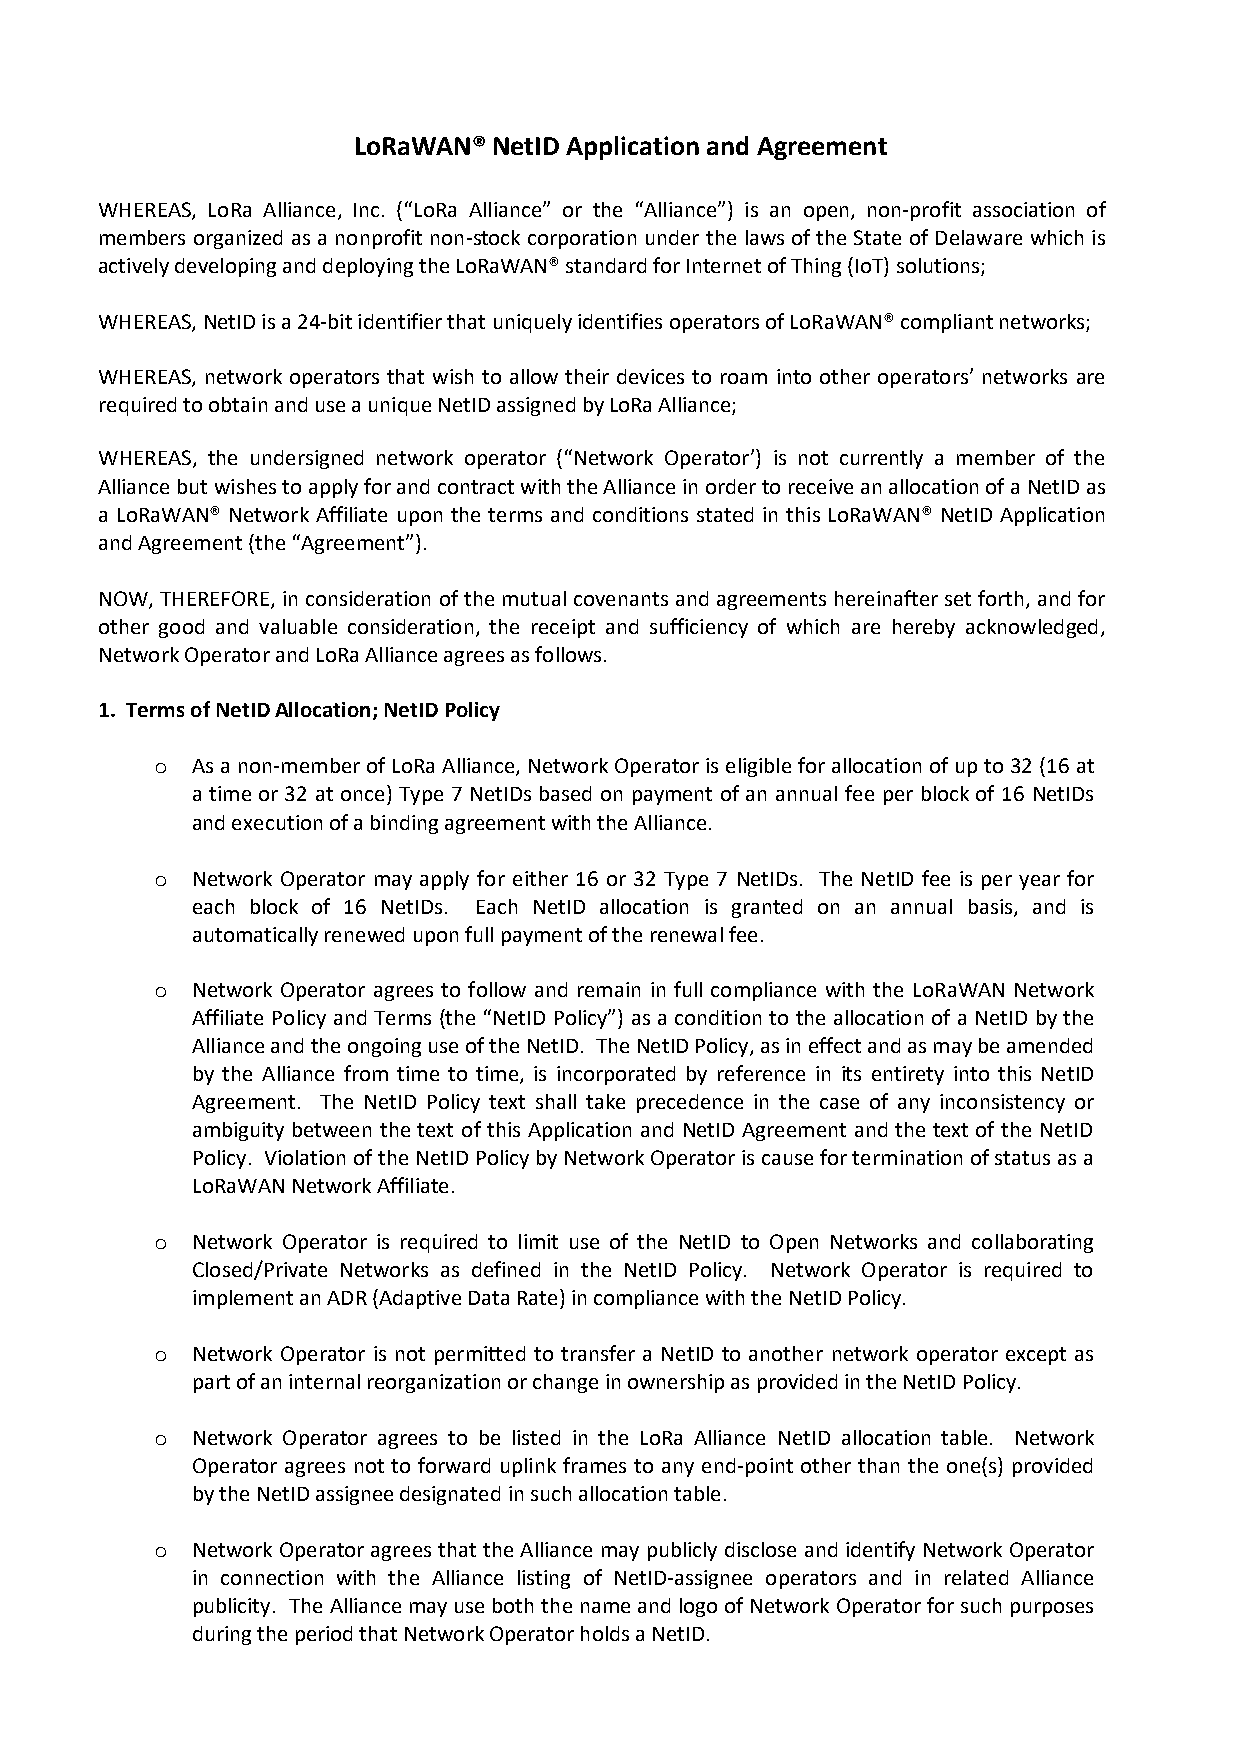
LoRaWAN®  NetID Application and Agreement
 WHEREAS, LoRa Alliance, Inc. (“LoRa Alliance” or the “Alliance”) is an open, non-profit association of
 members organized as a nonprofit non-stock corporation under the laws of the State of Delaware which is
 actively developing and deploying the LoRaWAN® standard for Internet of Thing (IoT) solutions;
 WHEREAS, NetID is a 24-bit identifier that uniquely identifies operators of LoRaWAN® compliant networks;
 WHEREAS, network operators that wish to allow their devices to roam into other operators’ networks are
 required to obtain and use a unique NetID assigned by LoRa Alliance;
 WHEREAS, the undersigned network operator (“Network Operator’) is not currently a member of the
 Alliance but wishes to apply for and contract with the Alliance in order to receive an allocation of a NetID as
 a LoRaWAN® Network Affiliate upon the terms and conditions stated in this LoRaWAN® NetID Application
 and Agreement (the “Agreement”).
 NOW, THEREFORE, in consideration of the mutual covenants and agreements hereinafter set forth, and for
 other good and valuable consideration, the receipt and sufficiency of which are hereby acknowledged,
 Network Operator and LoRa Alliance agrees as follows.
 1. Terms of NetID Allocation; NetID Policy
 o  As a non-member of LoRa Alliance, Network Operator is eligible for allocation of up to 32 (16 at
 a time or 32 at once) Type 7 NetIDs based on payment of an annual fee per block of 16 NetIDs
 and execution of a binding agreement with the Alliance.
 o  Network Operator may apply for either 16 or 32 Type 7 NetIDs. The NetID fee is per year for
 each block of 16 NetIDs. Each NetID allocation is granted on an annual basis, and is
 automatically renewed upon full payment of the renewal fee.
 o  Network Operator agrees to follow and remain in full compliance with the LoRaWAN Network
 Affiliate Policy and Terms (the “NetID Policy”) as a condition to the allocation of a NetID by the
 Alliance and the ongoing use of the NetID. The NetID Policy, as in effect and as may be amended
 by the Alliance from time to time, is incorporated by reference in its entirety into this NetID
 Agreement. The NetID Policy text shall take precedence in the case of any inconsistency or
 ambiguity between the text of this Application and NetID Agreement and the text of the NetID
 Policy. Violation of the NetID Policy by Network Operator is cause for termination of status as a
 LoRaWAN Network Affiliate.
 o  Network Operator is required to limit use of the NetID to Open Networks and collaborating
 Closed/Private Networks as defined in the NetID Policy. Network Operator is required to
 implement an ADR (Adaptive Data Rate) in compliance with the NetID Policy.
 o  Network Operator is not permitted to transfer a NetID to another network operator except as
 part of an internal reorganization or change in ownership as provided in the NetID Policy.
 o  Network Operator agrees to be listed in the LoRa Alliance NetID allocation table. Network
 Operator agrees not to forward uplink frames to any end-point other than the one(s) provided
 by the NetID assignee designated in such allocation table.
 o  Network Operator agrees that the Alliance may publicly disclose and identify Network Operator
 in connection with the Alliance listing of NetID-assignee operators and in related Alliance
 publicity. The Alliance may use both the name and logo of Network Operator for such purposes
 during the period that Network Operator holds a NetID.